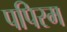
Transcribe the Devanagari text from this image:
पपिस्म